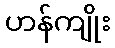
ဟန်ကျိုး